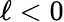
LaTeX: \ell<0